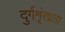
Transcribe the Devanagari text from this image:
दुर्गशृंखला